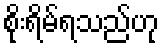
စိုးရိမ်ရသည်ဟု